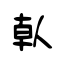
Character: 倝